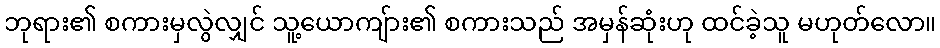
ဘုရား၏ စကားမှလွဲလျှင် သူ့ယောကျ်ား၏ စကားသည် အမှန်ဆုံးဟု ထင်ခဲ့သူ မဟုတ်လော။